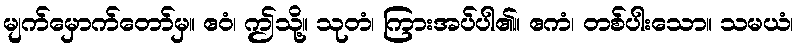
မျက်မှောက်တော်မှ။ ဧဝံ၊ ဤသို့။ သုတံ၊ ကြားအပ်ပါ၏။ ဧကံ၊ တစ်ပါးသော။ သမယံ၊